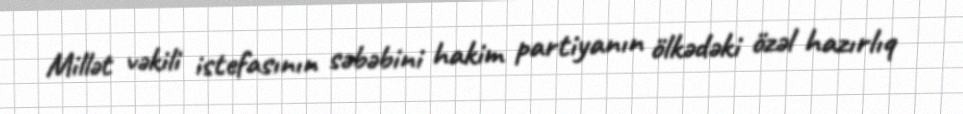
Millət vəkili istefasının səbəbini hakim partiyanın ölkədəki özəl hazırlıq